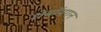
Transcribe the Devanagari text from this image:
शेबॉयगन